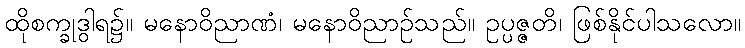
ထိုစက္ခုဒွါရ၌။ မနောဝိညာဏံ၊ မနောဝိညာဉ်သည်။ ဥပ္ပဇ္ဇတိ၊ ဖြစ်နိုင်ပါသလော။